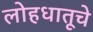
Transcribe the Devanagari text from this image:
लोहधातूचे